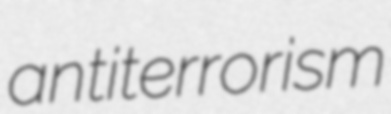
antiterrorism